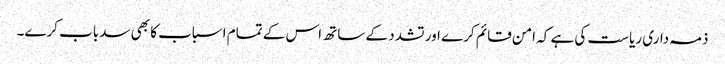
ذمہ داری ریاست کی ہے کہ امن قائم کرے اور تشدد کے ساتھ اس کے تمام اسباب کا بھی سدباب کرے۔